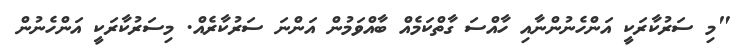
"މި ސަރުކާރަކީ އަންހެނުންނާއި ހާއްސަ ގާތްކަމެއް ބާއްވަމުން އަންނަ ސަރުކާރެއް. މިސަރުކާރަކީ އަންހެނުން